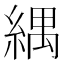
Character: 𦂕